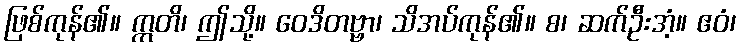
ဖြစ်ကုန်၏။ ဣတိ၊ ဤသို့။ ဝေဒိတဗ္ဗာ၊ သိအပ်ကုန်၏။ စ၊ ဆက်ဦးအံ့။ ဧဝံ၊